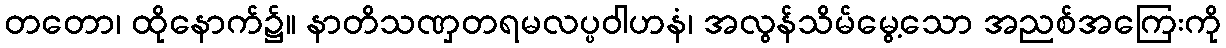
တတော၊ ထိုနောက်၌။ နာတိသဏှတရမလပ္ပဝါဟနံ၊ အလွန်သိမ်မွေ့သော အညစ်အကြေးကို